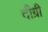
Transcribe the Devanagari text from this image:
दीग्री